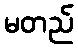
မတည်